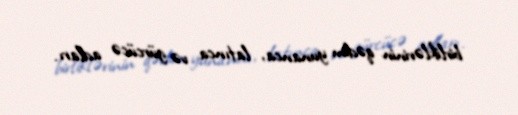
birliklərinin qədim yunanca, latınca və gürcücə adları.